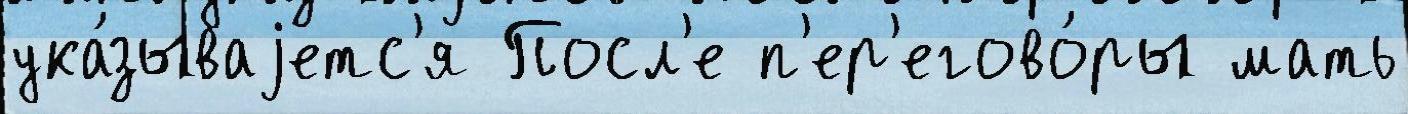
ука́зываjетс'я Посл'е п'ер'егово́ры мать